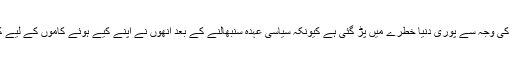
اس نفسیاتی مریض اور غیر معمولی طرز عمل کے رہنما کی وجہ سے پوری دنیا خطرے میں پڑ گئی ہے کیونکہ سیاسی عہدہ سنبھالنے کے بعد انھوں نے اپنے کیے ہوئے کاموں کے لیے کبھی بھی پشیمانی اور ندامت کا کوئی احساس نہیں دکھایا۔